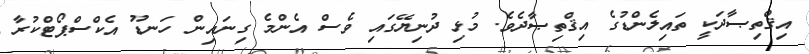
އިޤްތިޞާދަކީ ތައިލެންޑުގެ އިޤްތިޞާދެވެ. މުޅި ދުނިޔޭގައި ވެސް އެންމެ ގިނައިން ހަނޑޫ އެކްސްޕޯޓްކުރާ